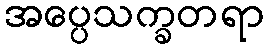
အပ္ပေသက္ခတရာ